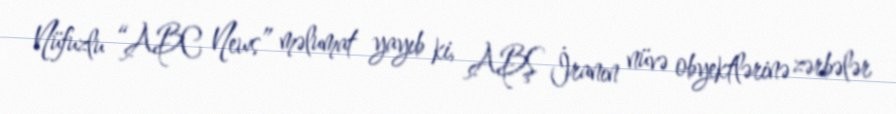
Nüfuzlu “ABC News” məlumat yayıb ki, ABŞ İranın nüvə obyektlərinə zərbələr